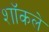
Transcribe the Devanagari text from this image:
शॉकले